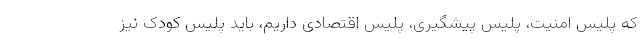
که پلیس امنیت، پلیس پیشگیری، پلیس اقتصادی داریم، باید پلیس کودک نیز